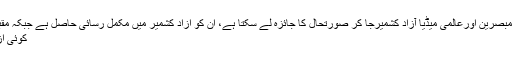
انہوں نے کہا کہ مبصرین اورعالمی میڈیا آزاد کشمیرجا کر صورتحال کا جائزہ لے سکتا ہے، ان کو آزاد کشمیر میں مکمل رسائی حاصل ہے جبکہ مقبوضہ کشمیر میں
کوئی آزادی حاصل نہیں۔